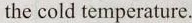
the cold temperature.